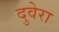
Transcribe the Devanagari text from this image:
दुवेरा